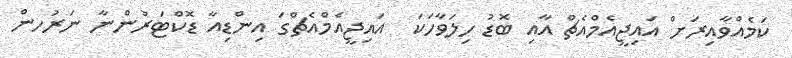
ކަމެއްވާއިރަށް އައިޖީއެމްއެޗް އާއި ބޮޑު ހިލަވާހަކަ  އައިޖީއެމްއެޗްގަ އިންޑިއާ ޑޮކްޓަރުންނާ ނަރުހން